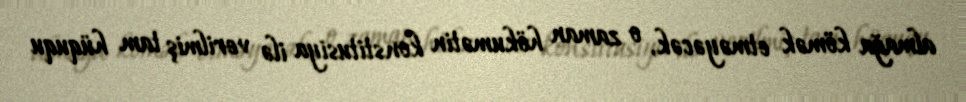
almağa kömək etməyəcək, o zaman hökumətin konstitusiya ilə verilmiş tam hüququ